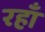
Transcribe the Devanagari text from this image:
रहाँ